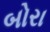
બોરા